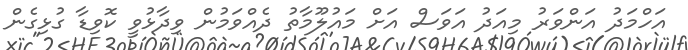
އަހްމަދު އަންވަރު މިއަދު އަވަސް އަށް މައުލޫމާތު ދެއްވަމުން ވިދާޅުވީ ކޮވިޑާ ގުޅިގެން